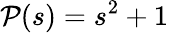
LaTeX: \mathcal{P}(s)=s^{2}+1